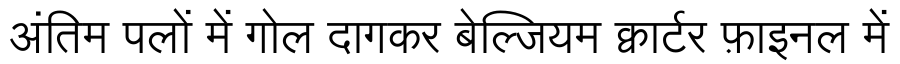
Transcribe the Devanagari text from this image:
अंतिम पलों में गोल दागकर बेल्जियम क्वार्टर फ़ाइनल में